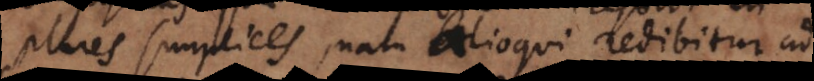
plures simplices, nam alioqui redibitur ad